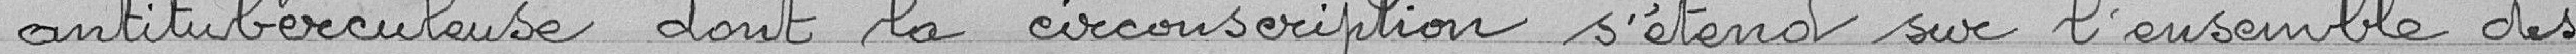
antituberculeuse dont la circonscription s'étend sur l'ensemble des